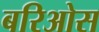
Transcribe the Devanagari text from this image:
बरिओस